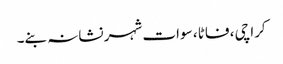
کراچی ، فاٹا ، سوات شہر نشانہ بنے۔